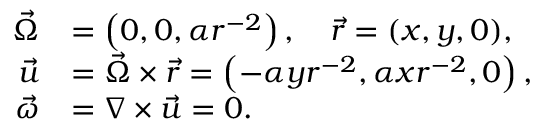
{ \begin{array} { r l } { { \vec { \Omega } } } & { = \left( 0 , 0 , \alpha r ^ { - 2 } \right) , \quad { \vec { r } } = ( x , y , 0 ) , } \\ { { \vec { u } } } & { = { \vec { \Omega } } \times { \vec { r } } = \left( - \alpha y r ^ { - 2 } , \alpha x r ^ { - 2 } , 0 \right) , } \\ { { \vec { \omega } } } & { = \nabla \times { \vec { u } } = 0 . } \end{array} }